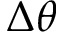
\Delta \theta